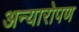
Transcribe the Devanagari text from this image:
अन्यारोपण